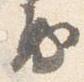
房